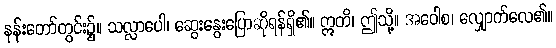
နန်းတော်တွင်း၌။ သလ္လာပေါ၊ ဆွေးနွေးပြောဆိုရန်ရှိ၏။ ဣတိ၊ ဤသို့။ အဝေါစ၊ လျှောက်လေ၏။